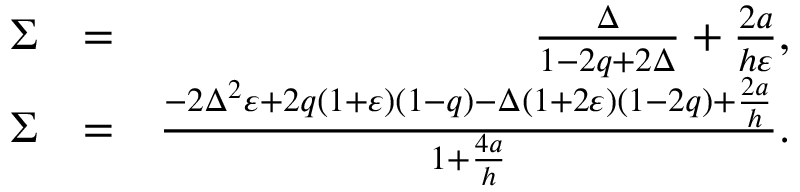
\begin{array} { r l r } { \Sigma } & { = } & { \frac { \Delta } { 1 - 2 q + 2 \Delta } + \frac { 2 a } { h \varepsilon } , } \\ { \Sigma } & { = } & { \frac { - 2 \Delta ^ { 2 } \varepsilon + 2 q ( 1 + \varepsilon ) ( 1 - q ) - \Delta ( 1 + 2 \varepsilon ) ( 1 - 2 q ) + \frac { 2 a } { h } } { 1 + \frac { 4 a } { h } } . } \\ & { } & \end{array}